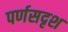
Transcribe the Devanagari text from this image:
पर्णसदृश